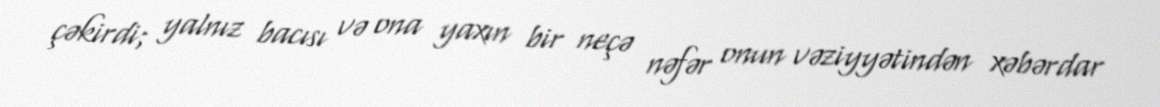
çəkirdi; yalnız bacısı və ona yaxın bir neçə nəfər onun vəziyyətindən xəbərdar